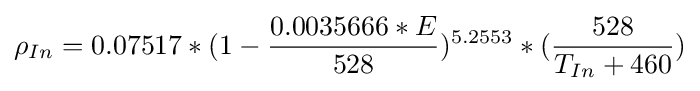
\rho _{In}=0.07517*(1-{0.0035666*E \over 528})^{5.2553}*({528 \over T_{In}+460})\,\!